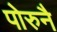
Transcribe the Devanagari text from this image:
पोरुनै